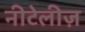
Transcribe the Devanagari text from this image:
नीटेलीज़